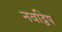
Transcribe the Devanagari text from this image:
नवद्विप